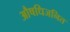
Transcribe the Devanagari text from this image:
औषधिजनित